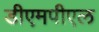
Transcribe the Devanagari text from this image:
डीएमपीएल